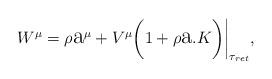
LaTeX: \begin{align*} W^{\mu}=\rho\hbox{\Large a}^{\mu}+V^{\mu}{\bigg(}1+\rho\hbox{\Large a}.{K}{\bigg)}{\bigg|}_{\tau_{ret}},\end{align*}